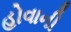
હોવાની